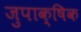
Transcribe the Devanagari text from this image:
जुपाक्षिक